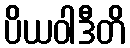
ပိယဝါဒီတိ